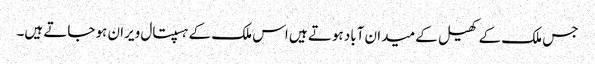
جس ملک کے کھیل کے میدان آباد ہوتے ہیں اس ملک کے ہسپتال ویران ہو جاتے ہیں۔